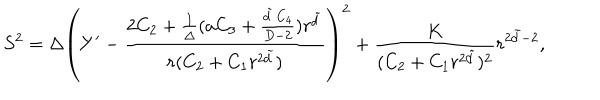
S ^ { 2 } = \Delta \left( Y ^ { \prime } - \frac { 2 C _ { 2 } + \frac { 1 } { \Delta } ( a C _ { 3 } + \frac { \tilde { d } \, C _ { 4 } } { D - 2 } ) r ^ { \tilde { d } } } { r ( C _ { 2 } + C _ { 1 } r ^ { 2 \tilde { d } } ) } \right) ^ { 2 } + \frac { K } { ( C _ { 2 } + C _ { 1 } r ^ { 2 \tilde { d } } ) ^ { 2 } } r ^ { 2 \tilde { d } - 2 } ,